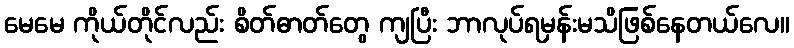
မေမေ ကိုယ်တိုင်လည်း စိတ်ဓာတ်တွေ ကျပြီး ဘာလုပ်ရမှန်းမသိဖြစ်နေတယ်လေ။